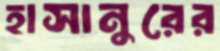
হাসানুরের